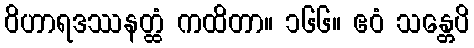
ဝိဟာရဒဿနတ္ထံ ကထိတာ။ ၁၆၆။ ဧဝံ သန္တေပိ